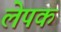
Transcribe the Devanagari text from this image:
लेपक